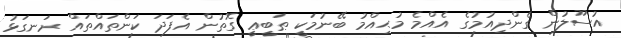
އުސޫލުން ގެންދިއުމުގެ އެއްމެ މުޙިއްމު ބޭނުމަކީ ޠަބީޢީ ގޮތުން އެފަދަ ކަންތައްތައް ރަނގަޅު